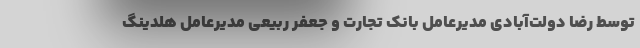
توسط رضا دولت‌آبادی مدیرعامل بانک تجارت و جعفر ربیعی مدیرعامل هلدینگ